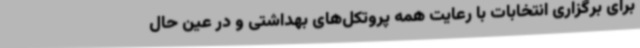
برای برگزاری انتخابات با رعایت همه پروتکل‌های بهداشتی و در عین حال